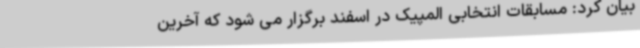
بیان کرد: مسابقات انتخابی المپیک در اسفند برگزار می شود که آخرین